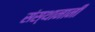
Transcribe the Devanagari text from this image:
संस्थानानी